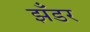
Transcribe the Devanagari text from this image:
झँडर